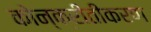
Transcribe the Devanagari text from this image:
कोन्क्रीतीकरण